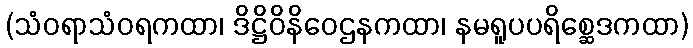
(သံဝရာသံဝရကထာ၊ ဒိဋ္ဌိဝိနိဝေဌနကထာ၊ နမရူပပရိစ္ဆေဒကထာ)